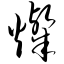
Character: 灿